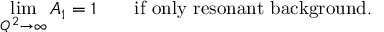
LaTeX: \operatorname * { l i m } _ { Q ^ { 2 } \rightarrow \infty } A _ { 1 } = 1 \qquad \mathrm { i f \ o n l y \ r e s o n a n t \ b a c k g r o u n d } .